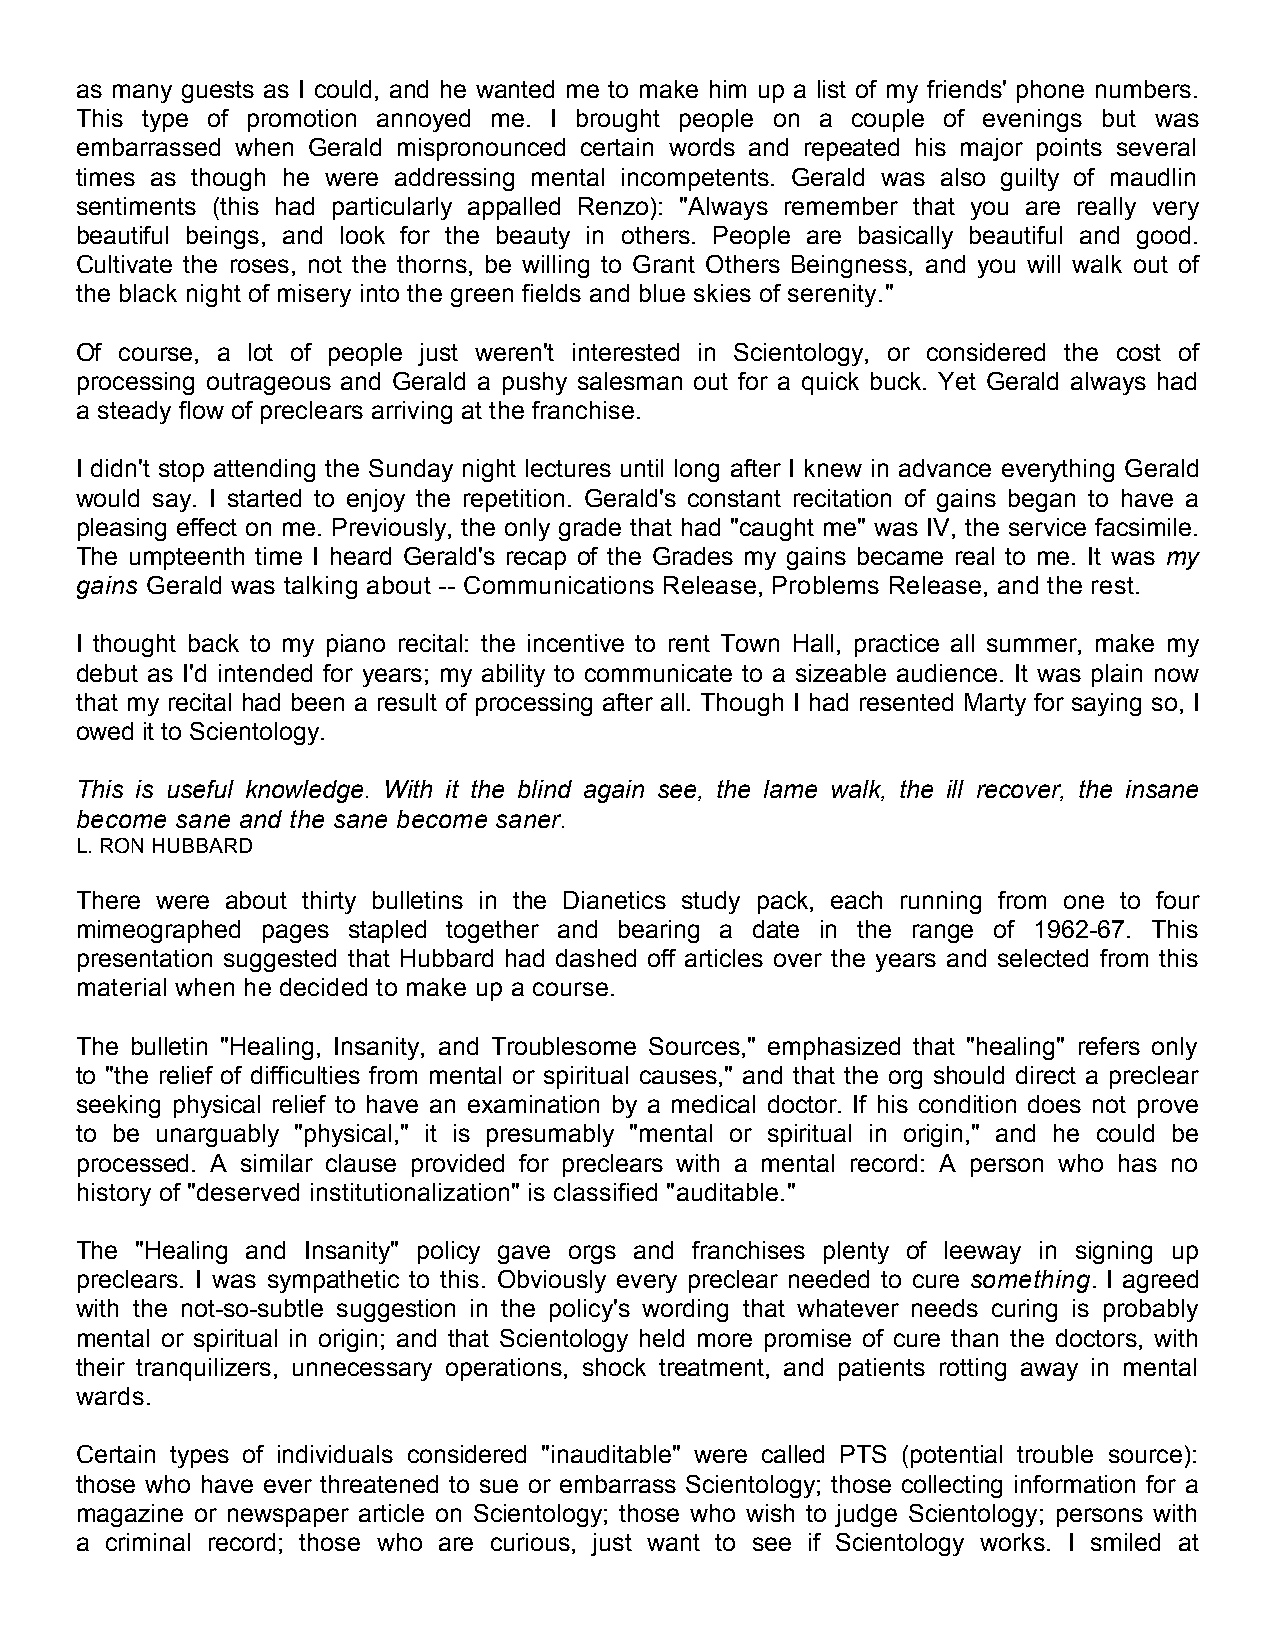
as many guests as I could, and he wanted me to make him up a list of my friends' phone numbers.
 This type of promotion annoyed me. I brought people on a couple of evenings but was
 embarrassed when Gerald mispronounced certain words and repeated his major points several
 times as though he were addressing mental incompetents. Gerald was also guilty of maudlin
 sentiments (this had particularly appalled Renzo): "Always remember that you are really very
 beautiful beings, and look for the beauty in others. People are basically beautiful and good.
 Cultivate the roses, not the thorns, be willing to Grant Others Beingness, and you will walk out of
 the black night of misery into the green fields and blue skies of serenity."
 Of course, a lot of people just weren't interested in Scientology, or considered the cost of
 processing outrageous and Gerald a pushy salesman out for a quick buck. Yet Gerald always had
 a steady flow of preclears arriving at the franchise.
 I didn't stop attending the Sunday night lectures until long after I knew in advance everything Gerald
 would say. I started to enjoy the repetition. Gerald's constant recitation of gains began to have a
 pleasing effect on me. Previously, the only grade that had "caught me" was IV, the service facsimile.
 The umpteenth time I heard Gerald's recap of the Grades my gains became real to me. It was my
 gains Gerald was talking about -- Communications Release, Problems Release, and the rest.
 I thought back to my piano recital: the incentive to rent Town Hall, practice all summer, make my
 debut as I'd intended for years; my ability to communicate to a sizeable audience. It was plain now
 that my recital had been a result of processing after all. Though I had resented Marty for saying so, I
 owed it to Scientology.
 This is useful knowledge. With it the blind again see, the lame walk, the ill recover, the insane
 become sane and the sane become saner.
 L. RON HUBBARD
 There were about thirty bulletins in the Dianetics study pack, each running from one to four
 mimeographed pages stapled together and bearing a date in the range of 1962-67. This
 presentation suggested that Hubbard had dashed off articles over the years and selected from this
 material when he decided to make up a course.
 The bulletin "Healing, Insanity, and Troublesome Sources," emphasized that "healing" refers only
 to "the relief of difficulties from mental or spiritual causes," and that the org should direct a preclear
 seeking physical relief to have an examination by a medical doctor. If his condition does not prove
 to be unarguably "physical," it is presumably "mental or spiritual in origin," and he could be
 processed. A similar clause provided for preclears with a mental record: A person who has no
 history of "deserved institutionalization" is classified "auditable."
 The "Healing and Insanity" policy gave orgs and franchises plenty of leeway in signing up
 preclears. I was sympathetic to this. Obviously every preclear needed to cure something. I agreed
 with the not-so-subtle suggestion in the policy's wording that whatever needs curing is probably
 mental or spiritual in origin; and that Scientology held more promise of cure than the doctors, with
 their tranquilizers, unnecessary operations, shock treatment, and patients rotting away in mental
 wards.
 Certain types of individuals considered "inauditable" were called PTS (potential trouble source):
 those who have ever threatened to sue or embarrass Scientology; those collecting information for a
 magazine or newspaper article on Scientology; those who wish to judge Scientology; persons with
 a criminal record; those who are curious, just want to see if Scientology works. I smiled at